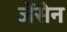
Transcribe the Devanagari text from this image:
जेंसेन